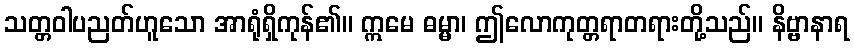
သတ္တဝါပညတ်ဟူသော အာရုံရှိကုန်၏။ ဣမေ ဓမ္မာ၊ ဤလောကုတ္တရာတရားတို့သည်။ နိဗ္ဗာနာရ